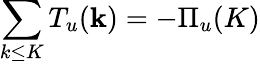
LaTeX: \sum_{k\le K}T_{u}({\mathbf k})=-\Pi_{u}(K)